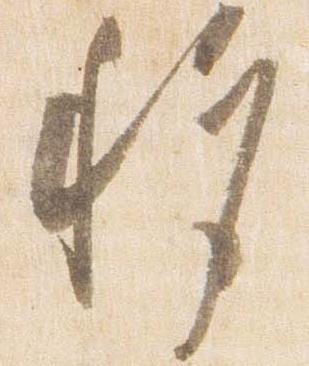
移